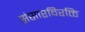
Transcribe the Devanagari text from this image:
संसारविरक्ति